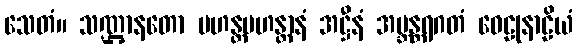
သေတံ။ သဏ္ဌာနတော မဟန္တမဟန္တာနံ အဋ္ဌီနံ အဗ္ဘန္တရဂတံ ဝေဠုနာဠိယံ